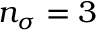
n _ { \sigma } = 3